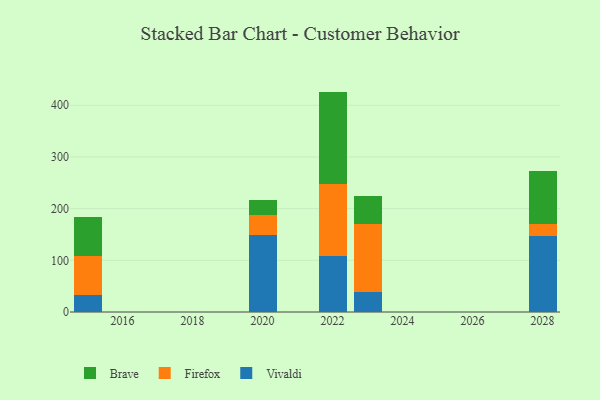
{"axis": {"x": "Year", "y": "Churn Rate (%)"}, "legend": ["Brave", "Firefox", "Vivaldi"], "data": [{"x": "2020", "y": 149.9, "type": "Vivaldi"}, {"x": "2020", "y": 37.5, "type": "Firefox"}, {"x": "2020", "y": 28.6, "type": "Brave"}, {"x": "2022", "y": 108.2, "type": "Vivaldi"}, {"x": "2022", "y": 139.1, "type": "Firefox"}, {"x": "2022", "y": 179.2, "type": "Brave"}, {"x": "2028", "y": 146.6, "type": "Vivaldi"}, {"x": "2028", "y": 23.9, "type": "Firefox"}, {"x": "2028", "y": 102.2, "type": "Brave"}, {"x": "2023", "y": 38.9, "type": "Vivaldi"}, {"x": "2023", "y": 130.6, "type": "Firefox"}, {"x": "2023", "y": 54.9, "type": "Brave"}, {"x": "2015", "y": 32.4, "type": "Vivaldi"}, {"x": "2015", "y": 76.1, "type": "Firefox"}, {"x": "2015", "y": 76.2, "type": "Brave"}]}